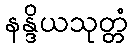
နန္ဒိယသုတ္တံ